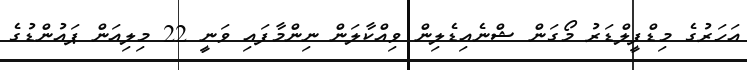
އަހަރުގެ މިޑްފީލްޑަރު މޯގަން ޝްނެއިޑެލިން ވިއްކާލަން ނިންމާފައި ވަނީ 22 މިލިއަން ޕައުންޑުގެ